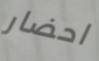
احضار